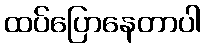
ထပ်ပြောနေတာပါ